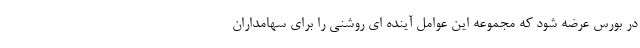
در بورس عرضه شود که مجموعه این عوامل آینده ای روشنی را برای سهامداران